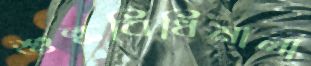
শুল্কবিধিমালা